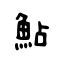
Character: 鮎